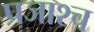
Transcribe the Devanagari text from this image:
प्रजाश्‍च